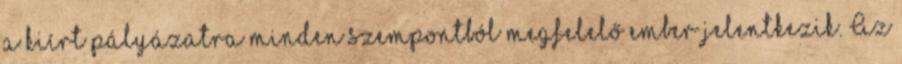
a kiírt pályázatra minden szempontból megfelelő ember jelentkezik. Az